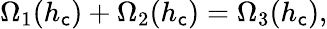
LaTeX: \Omega_{1}(h_{\mathsf{c}})+\Omega_{2}(h_{\mathsf{c}})=\Omega_{3}(h_{\mathsf{c}}),